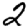
Digit: 2